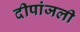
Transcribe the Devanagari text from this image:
दीपांजली